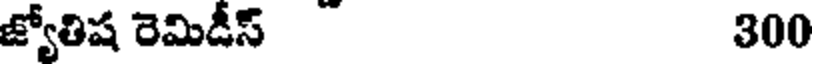
జ్యోతిష రెమిడీస్ 300